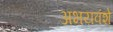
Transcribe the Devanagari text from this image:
अभयवंशे